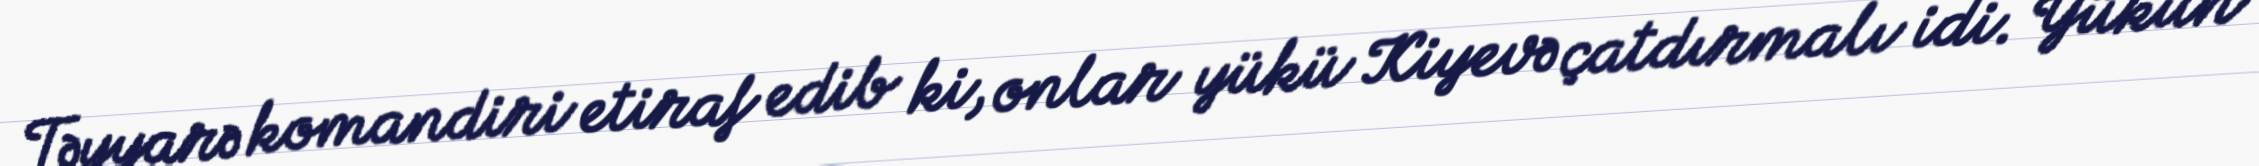
Təyyarə komandiri etiraf edib ki, onlar yükü Kiyevə çatdırmalı idi. Yükün